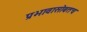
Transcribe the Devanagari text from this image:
प्रभावासोबतच